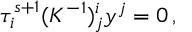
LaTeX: \tau _ { i } ^ { s + 1 } ( K ^ { - 1 } ) _ { j } ^ { i } y ^ { j } = 0 \, ,